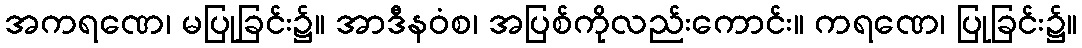
အကရဏေ၊ မပြုခြင်း၌။ အာဒီနဝံစ၊ အပြစ်ကိုလည်းကောင်း။ ကရဏေ၊ ပြုခြင်း၌။